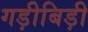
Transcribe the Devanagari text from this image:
गड़ीबिड़ी